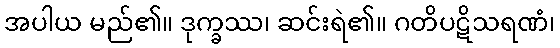
အပါယ မည်၏။ ဒုက္ခဿ၊ ဆင်းရဲ၏။ ဂတိပဋိသရဏံ၊